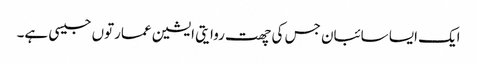
ایک ایسا سائبان جس کی چھت روایتی ایشین عمارتوں جیسی ہے۔